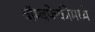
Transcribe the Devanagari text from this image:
बॉम्बफेकीमध्ये